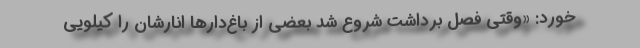
‌خورد: «وقتی فصل برداشت شروع شد بعضی از باغ‌دارها انارشان را کیلویی